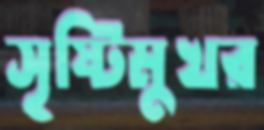
সৃষ্টিমুখর